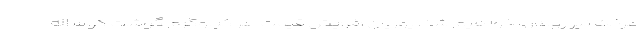
عرضه نیز روبه‌رو خواهیم شد. پوریان افزایش قیمت هر کیلوگرم گوشت گوساله